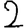
Digit: 2